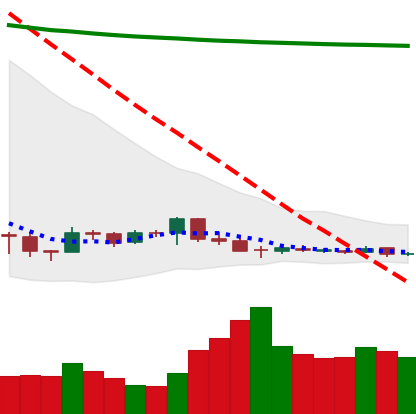
Ticker: DOGE-USD
Chart end date: 2018-12-14
Forward return: 31.401%
Label: up_7plus